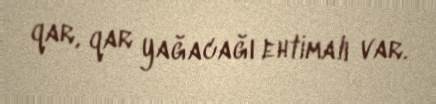
qar, qar yağacağı ehtimalı var.